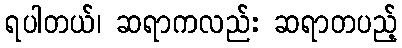
ရပါတယ်၊ ဆရာကလည်း ဆရာတပည့်